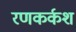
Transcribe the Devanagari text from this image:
रणकर्कश